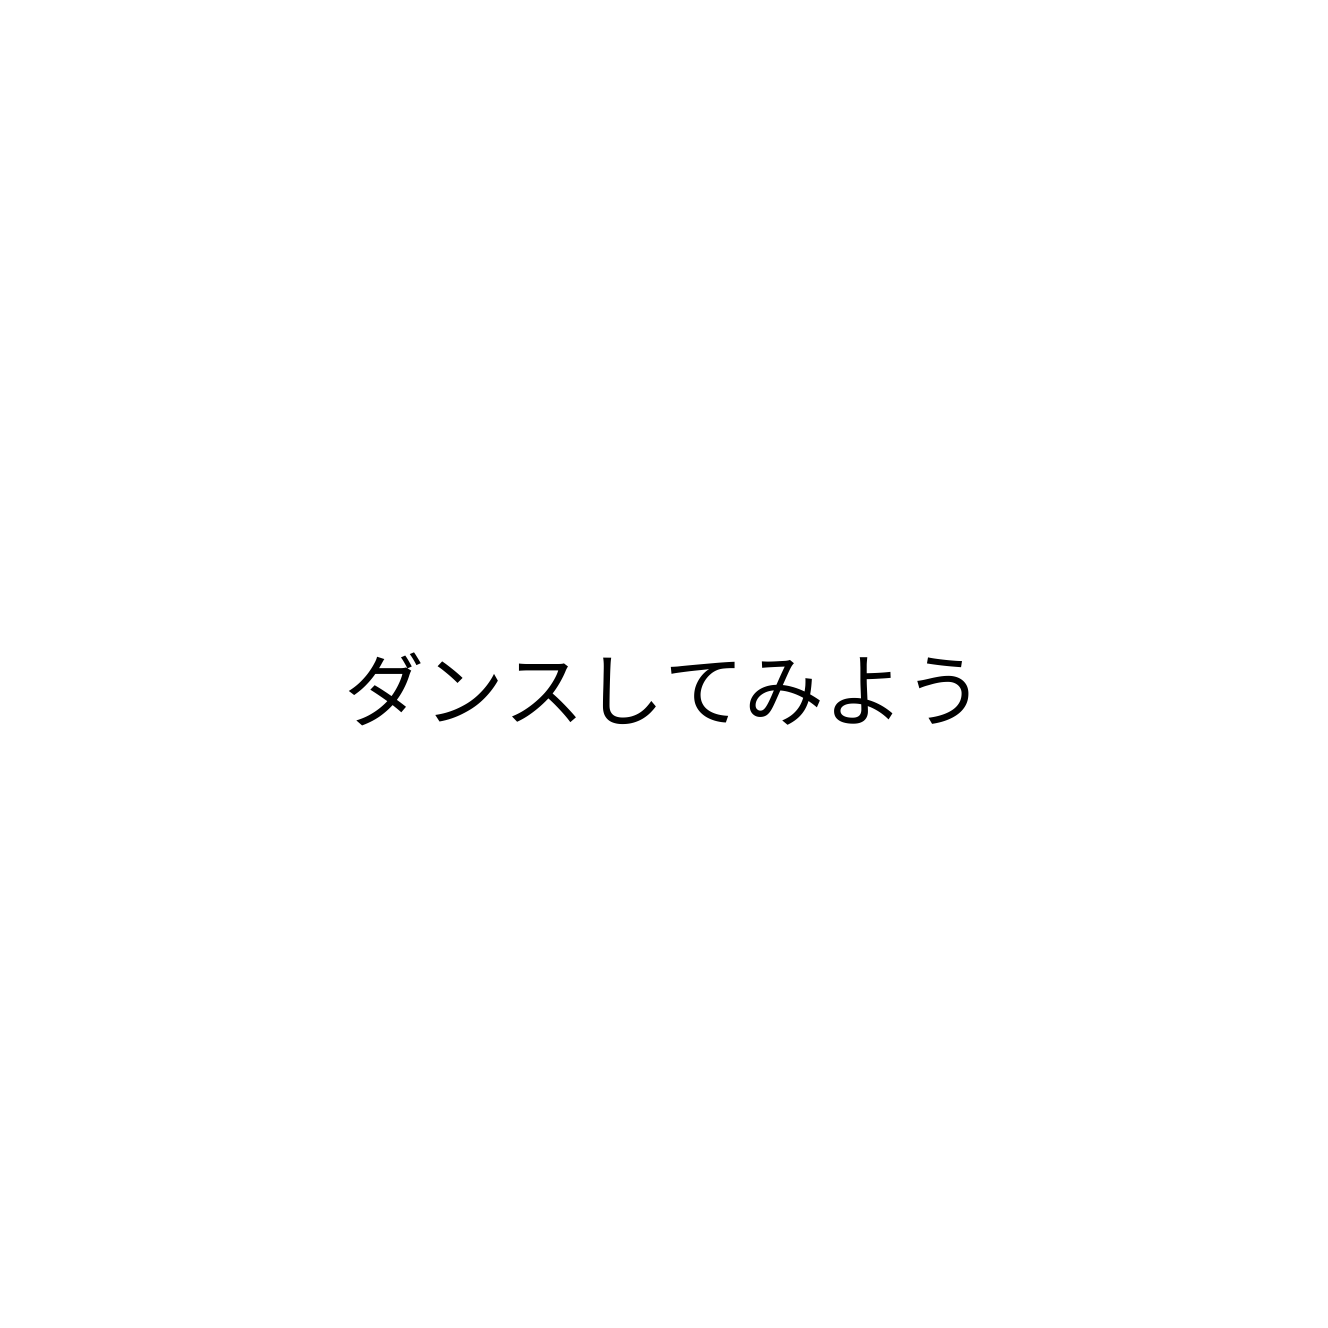
ダンスしてみよう